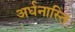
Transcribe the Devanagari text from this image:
अर्धनास्ति